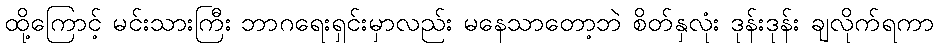
ထို့ကြောင့် မင်းသားကြီး ဘာဂရေးရှင်းမှာလည်း မနေသာတော့ဘဲ စိတ်နှလုံး ဒုန်းဒုန်း ချလိုက်ရကာ